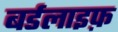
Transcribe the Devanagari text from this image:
बर्डलाइफ़